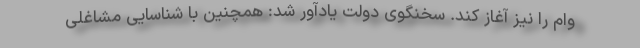
وام را نیز آغاز کند. سخنگوی دولت یادآور شد: همچنین با شناسایی مشاغلی